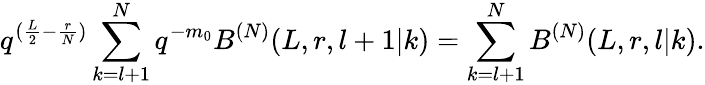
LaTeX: q^{(\frac{L}{2}-\frac{r}{N})}\sum_{k=l+1}^{N}q^{-m_{0}}B^{(N)}(L,r,l+1|k)=\sum_{k=l+1}^{N}B^{(N)}(L,r,l|k).